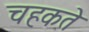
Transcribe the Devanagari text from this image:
चहकते